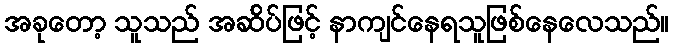
အခုတော့ သူသည် အဆ်ိပ်ဖြင့် နာကျင်နေရသူဖြစ်နေလေသည်။